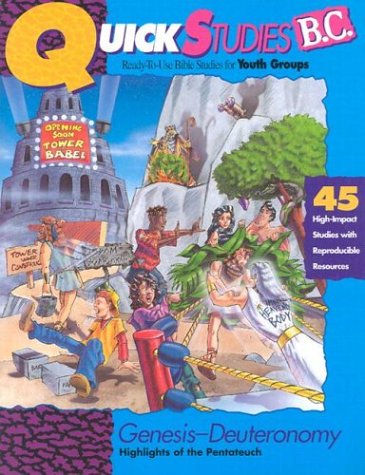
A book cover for Quick Studies - Genesis - Deuteronomy; David Cook; Christian Books & Bibles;